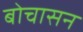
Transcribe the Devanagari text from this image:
बोचासन